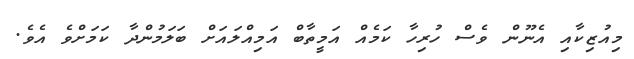
މިއުޒިކާއި އެނޫން ވެސް ހުރިހާ ކަމެއް އަމީތާބް އަމިއްލައަށް ބަލަމުންދާ ކަމަށްވެ އެވެ.